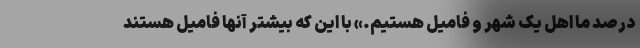
درصد ما اهل یک شهر و فامیل هستیم.» با این که بیشتر آنها فامیل هستند